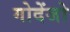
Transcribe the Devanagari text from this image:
गोदेंजो